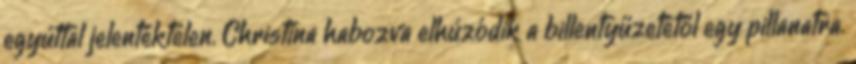
egyúttal jelentéktelen. Christina habozva elhúzódik a billentyűzetétől egy pillanatra.